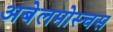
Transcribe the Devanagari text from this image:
अबेलमोस्चस